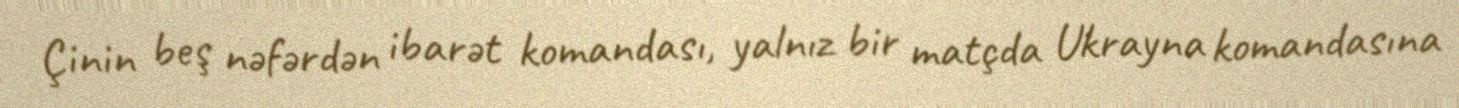
Çinin beş nəfərdən ibarət komandası, yalnız bir matçda Ukrayna komandasına